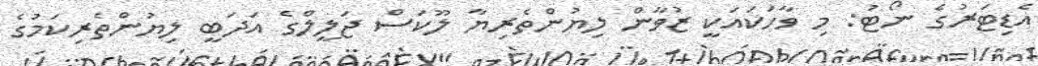
އެޑިޓަރުގެ ނޯޓު: މި ވާހަކައަކީ ޒުވާން ލިޔުންތެރިޔާ ލޫކަސް ޖަލީލްގެ އަދަބީ ލިޔުންތެރިކަމުގެ